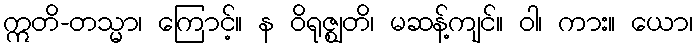
ဣတိ-တသ္မာ၊ ကြောင့်။ န ဝိရုဇ္ဈတိ၊ မဆန့်ကျင်။ ဝါ၊ ကား။ ယော၊